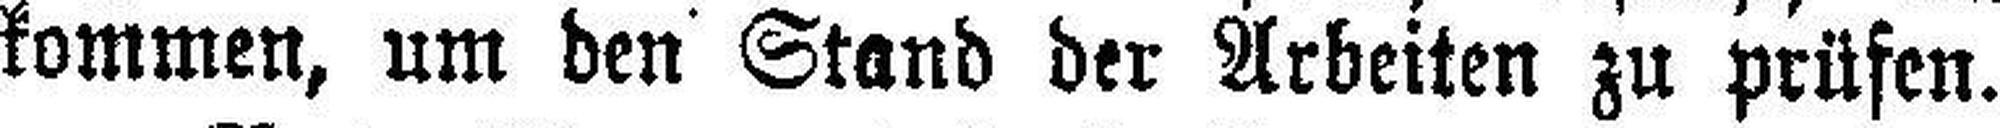
kommen, um den Stand der Arbeiten zu prüfen.